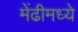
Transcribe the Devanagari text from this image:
मेंढीमध्ये